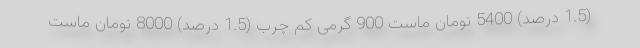
(1.5 درصد) 5400 تومان ماست 900 گرمی کم چرب (1.5 درصد) 8000 تومان ماست